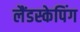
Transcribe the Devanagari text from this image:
लैंडस्केपिंग